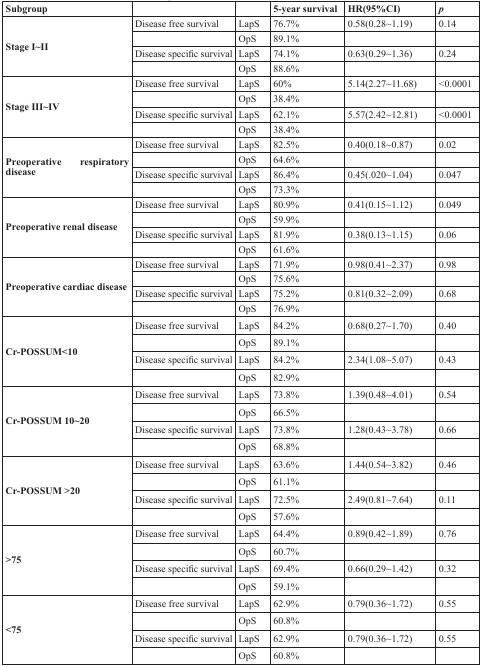
<table><thead><tr><td><b>Subgroup</b></td><td></td><td></td><td><b>5-year survival</b></td><td><b>HR(95%CI)</b></td><td><b><i>p</i></b></td></tr></thead><tbody><tr><td rowspan="4"><b>Stage I∼II</b></td><td>Disease free survival</td><td>LapS</td><td>76.7%</td><td>0.58(0.28∼1.19)</td><td>0.14</td></tr><tr><td></td><td>OpS</td><td>89.1%</td><td></td><td></td></tr><tr><td>Disease specific survival</td><td>LapS</td><td>74.1%</td><td>0.63(0.29∼1.36)</td><td>0.24</td></tr><tr><td></td><td>OpS</td><td>88.6%</td><td></td><td></td></tr><tr><td rowspan="4"><b>Stage III∼IV</b></td><td>Disease free survival</td><td>LapS</td><td>60%</td><td>5.14(2.27∼11.68)</td><td>&lt;0.0001</td></tr><tr><td></td><td>OpS</td><td>38.4%</td><td></td><td></td></tr><tr><td>Disease specific survival</td><td>LapS</td><td>62.1%</td><td>5.57(2.42∼12.81)</td><td>&lt;0.0001</td></tr><tr><td></td><td>OpS</td><td>38.4%</td><td></td><td></td></tr><tr><td rowspan="4"><b>Preoperative respiratory disease</b></td><td>Disease free survival</td><td>LapS</td><td>82.5%</td><td>0.40(0.18∼0.87)</td><td>0.02</td></tr><tr><td></td><td>OpS</td><td>64.6%</td><td></td><td></td></tr><tr><td>Disease specific survival</td><td>LapS</td><td>86.4%</td><td>0.45(.020∼1.04)</td><td>0.047</td></tr><tr><td></td><td>OpS</td><td>73.3%</td><td></td><td></td></tr><tr><td rowspan="4"><b>Preoperative renal disease</b></td><td>Disease free survival</td><td>LapS</td><td>80.9%</td><td>0.41(0.15∼1.12)</td><td>0.049</td></tr><tr><td></td><td>OpS</td><td>59.9%</td><td></td><td></td></tr><tr><td>Disease specific survival</td><td>LapS</td><td>81.9%</td><td>0.38(0.13∼1.15)</td><td>0.06</td></tr><tr><td></td><td>OpS</td><td>61.6%</td><td></td><td></td></tr><tr><td rowspan="4"><b>Preoperative cardiac disease</b></td><td>Disease free survival</td><td>LapS</td><td>71.9%</td><td>0.98(0.41∼2.37)</td><td>0.98</td></tr><tr><td></td><td>OpS</td><td>75.6%</td><td></td><td></td></tr><tr><td>Disease specific survival</td><td>LapS</td><td>75.2%</td><td>0.81(0.32∼2.09)</td><td>0.68</td></tr><tr><td></td><td>OpS</td><td>76.9%</td><td></td><td></td></tr><tr><td rowspan="4"><b>Cr-POSSUM&lt;10</b></td><td>Disease free survival</td><td>LapS</td><td>84.2%</td><td>0.68(0.27∼1.70)</td><td>0.40</td></tr><tr><td></td><td>OpS</td><td>89.1%</td><td></td><td></td></tr><tr><td>Disease specific survival</td><td>LapS</td><td>84.2%</td><td>2.34(1.08∼5.07)</td><td>0.43</td></tr><tr><td></td><td>OpS</td><td>82.9%</td><td></td><td></td></tr><tr><td rowspan="4"><b>Cr-POSSUM 10∼20</b></td><td>Disease free survival</td><td>LapS</td><td>73.8%</td><td>1.39(0.48∼4.01)</td><td>0.54</td></tr><tr><td></td><td>OpS</td><td>66.5%</td><td></td><td></td></tr><tr><td>Disease specific survival</td><td>LapS</td><td>73.8%</td><td>1.28(0.43∼3.78)</td><td>0.66</td></tr><tr><td></td><td>OpS</td><td>68.8%</td><td></td><td></td></tr><tr><td rowspan="4"><b>Cr-POSSUM &gt;20</b></td><td>Disease free survival</td><td>LapS</td><td>63.6%</td><td>1.44(0.54∼3.82)</td><td>0.46</td></tr><tr><td></td><td>OpS</td><td>61.1%</td><td></td><td></td></tr><tr><td>Disease specific survival</td><td>LapS</td><td>72.5%</td><td>2.49(0.81∼7.64)</td><td>0.11</td></tr><tr><td></td><td>OpS</td><td>57.6%</td><td></td><td></td></tr><tr><td rowspan="4"><b>&gt;75</b></td><td>Disease free survival</td><td>LapS</td><td>64.4%</td><td>0.89(0.42∼1.89)</td><td>0.76</td></tr><tr><td></td><td>OpS</td><td>60.7%</td><td></td><td></td></tr><tr><td>Disease specific survival</td><td>LapS</td><td>69.4%</td><td>0.66(0.29∼1.42)</td><td>0.32</td></tr><tr><td></td><td>OpS</td><td>59.1%</td><td></td><td></td></tr><tr><td rowspan="4"><b>&lt;75</b></td><td>Disease free survival</td><td>LapS</td><td>62.9%</td><td>0.79(0.36∼1.72)</td><td>0.55</td></tr><tr><td></td><td>OpS</td><td>60.8%</td><td></td><td></td></tr><tr><td>Disease specific survival</td><td>LapS</td><td>62.9%</td><td>0.79(0.36∼1.72)</td><td>0.55</td></tr><tr><td></td><td>OpS</td><td>60.8%</td><td></td><td></td></tr></tbody></table>